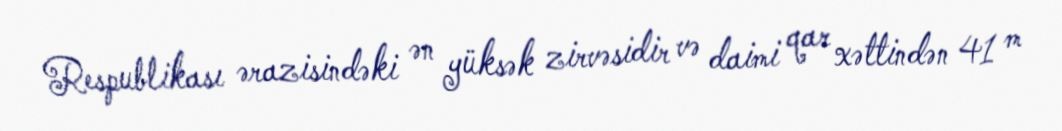
Respublikası ərazisindəki ən yüksək zirvəsidir və daimi qar xəttindən 41 m